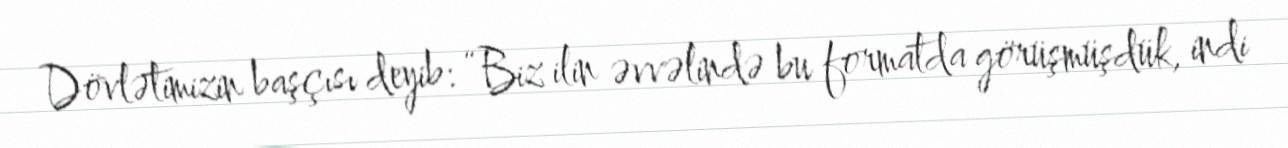
Dövlətimizin başçısı deyib: “Biz ilin əvvəlində bu formatda görüşmüşdük, indi